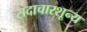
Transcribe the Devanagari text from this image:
सदाचारशून्य